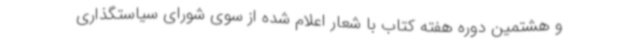
و هشتمین دوره هفته کتاب با شعار اعلام شده از سوی شورای سیاستگذاری